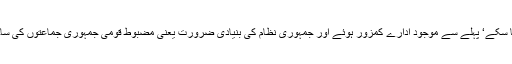
قومی ادارے تشکیل نہ پا سکے‘ پہلے سے موجود ادارے کمزور ہوئے اور جمہوری نظام کی بنیادی ضرورت یعنی مضبوط قومی جمہوری جماعتوں کی ساخت پرداخت نہ ہو سکی۔